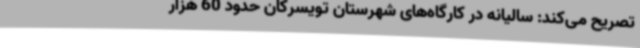
تصریح می‌کند: سالیانه در کارگاه‌های شهرستان تویسرکان حدود 60 هزار